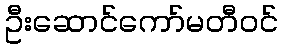
ဦးဆောင်ကော်မတီဝင်